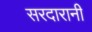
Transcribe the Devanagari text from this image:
सरदारानी